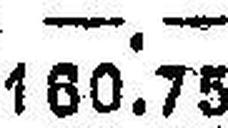
160.75